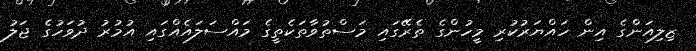
ޒިލިއަންގެ އިން ހައްޔަރުކުރި މީހުންގެ ތެރޭގައި މަސްތުވާތަކެތީގެ މައްސަލައެއްގައި އުމުރު ދުވަހުގެ ޖަލު